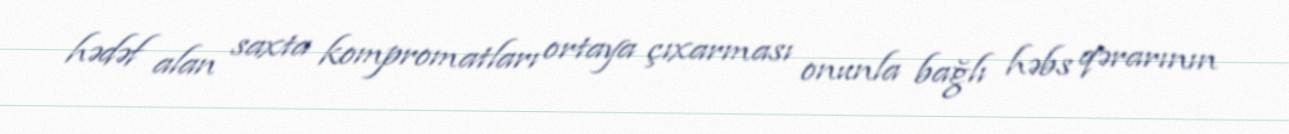
hədəf alan saxta kompromatları ortaya çıxarması onunla bağlı həbs qərarının